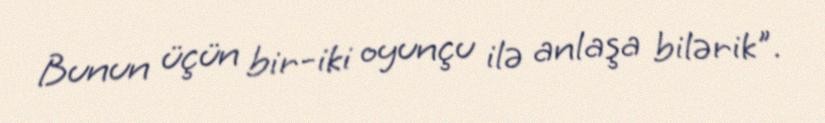
Bunun üçün bir-iki oyunçu ilə anlaşa bilərik".